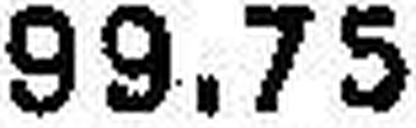
99.75